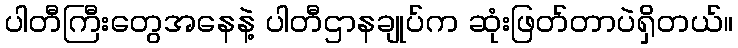
ပါတီကြီးတွေအနေနဲ့ ပါတီဌာနချုပ်က ဆုံးဖြတ်တာပဲရှိတယ်။